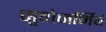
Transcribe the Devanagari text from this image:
सुवोजर्मिषं